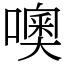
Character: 噢